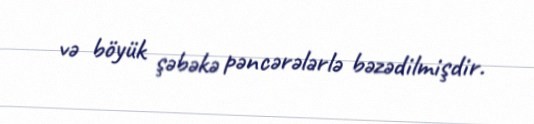
və böyük şəbəkə pəncərələrlə bəzədilmişdir.